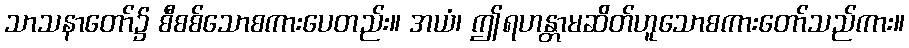
သာသနာတော်၌ စီစစ်သောစကားပေတည်း။ အယံ၊ ဤရဟန္တာမဆိတ်ဟူသောစကားတော်သည်ကား။